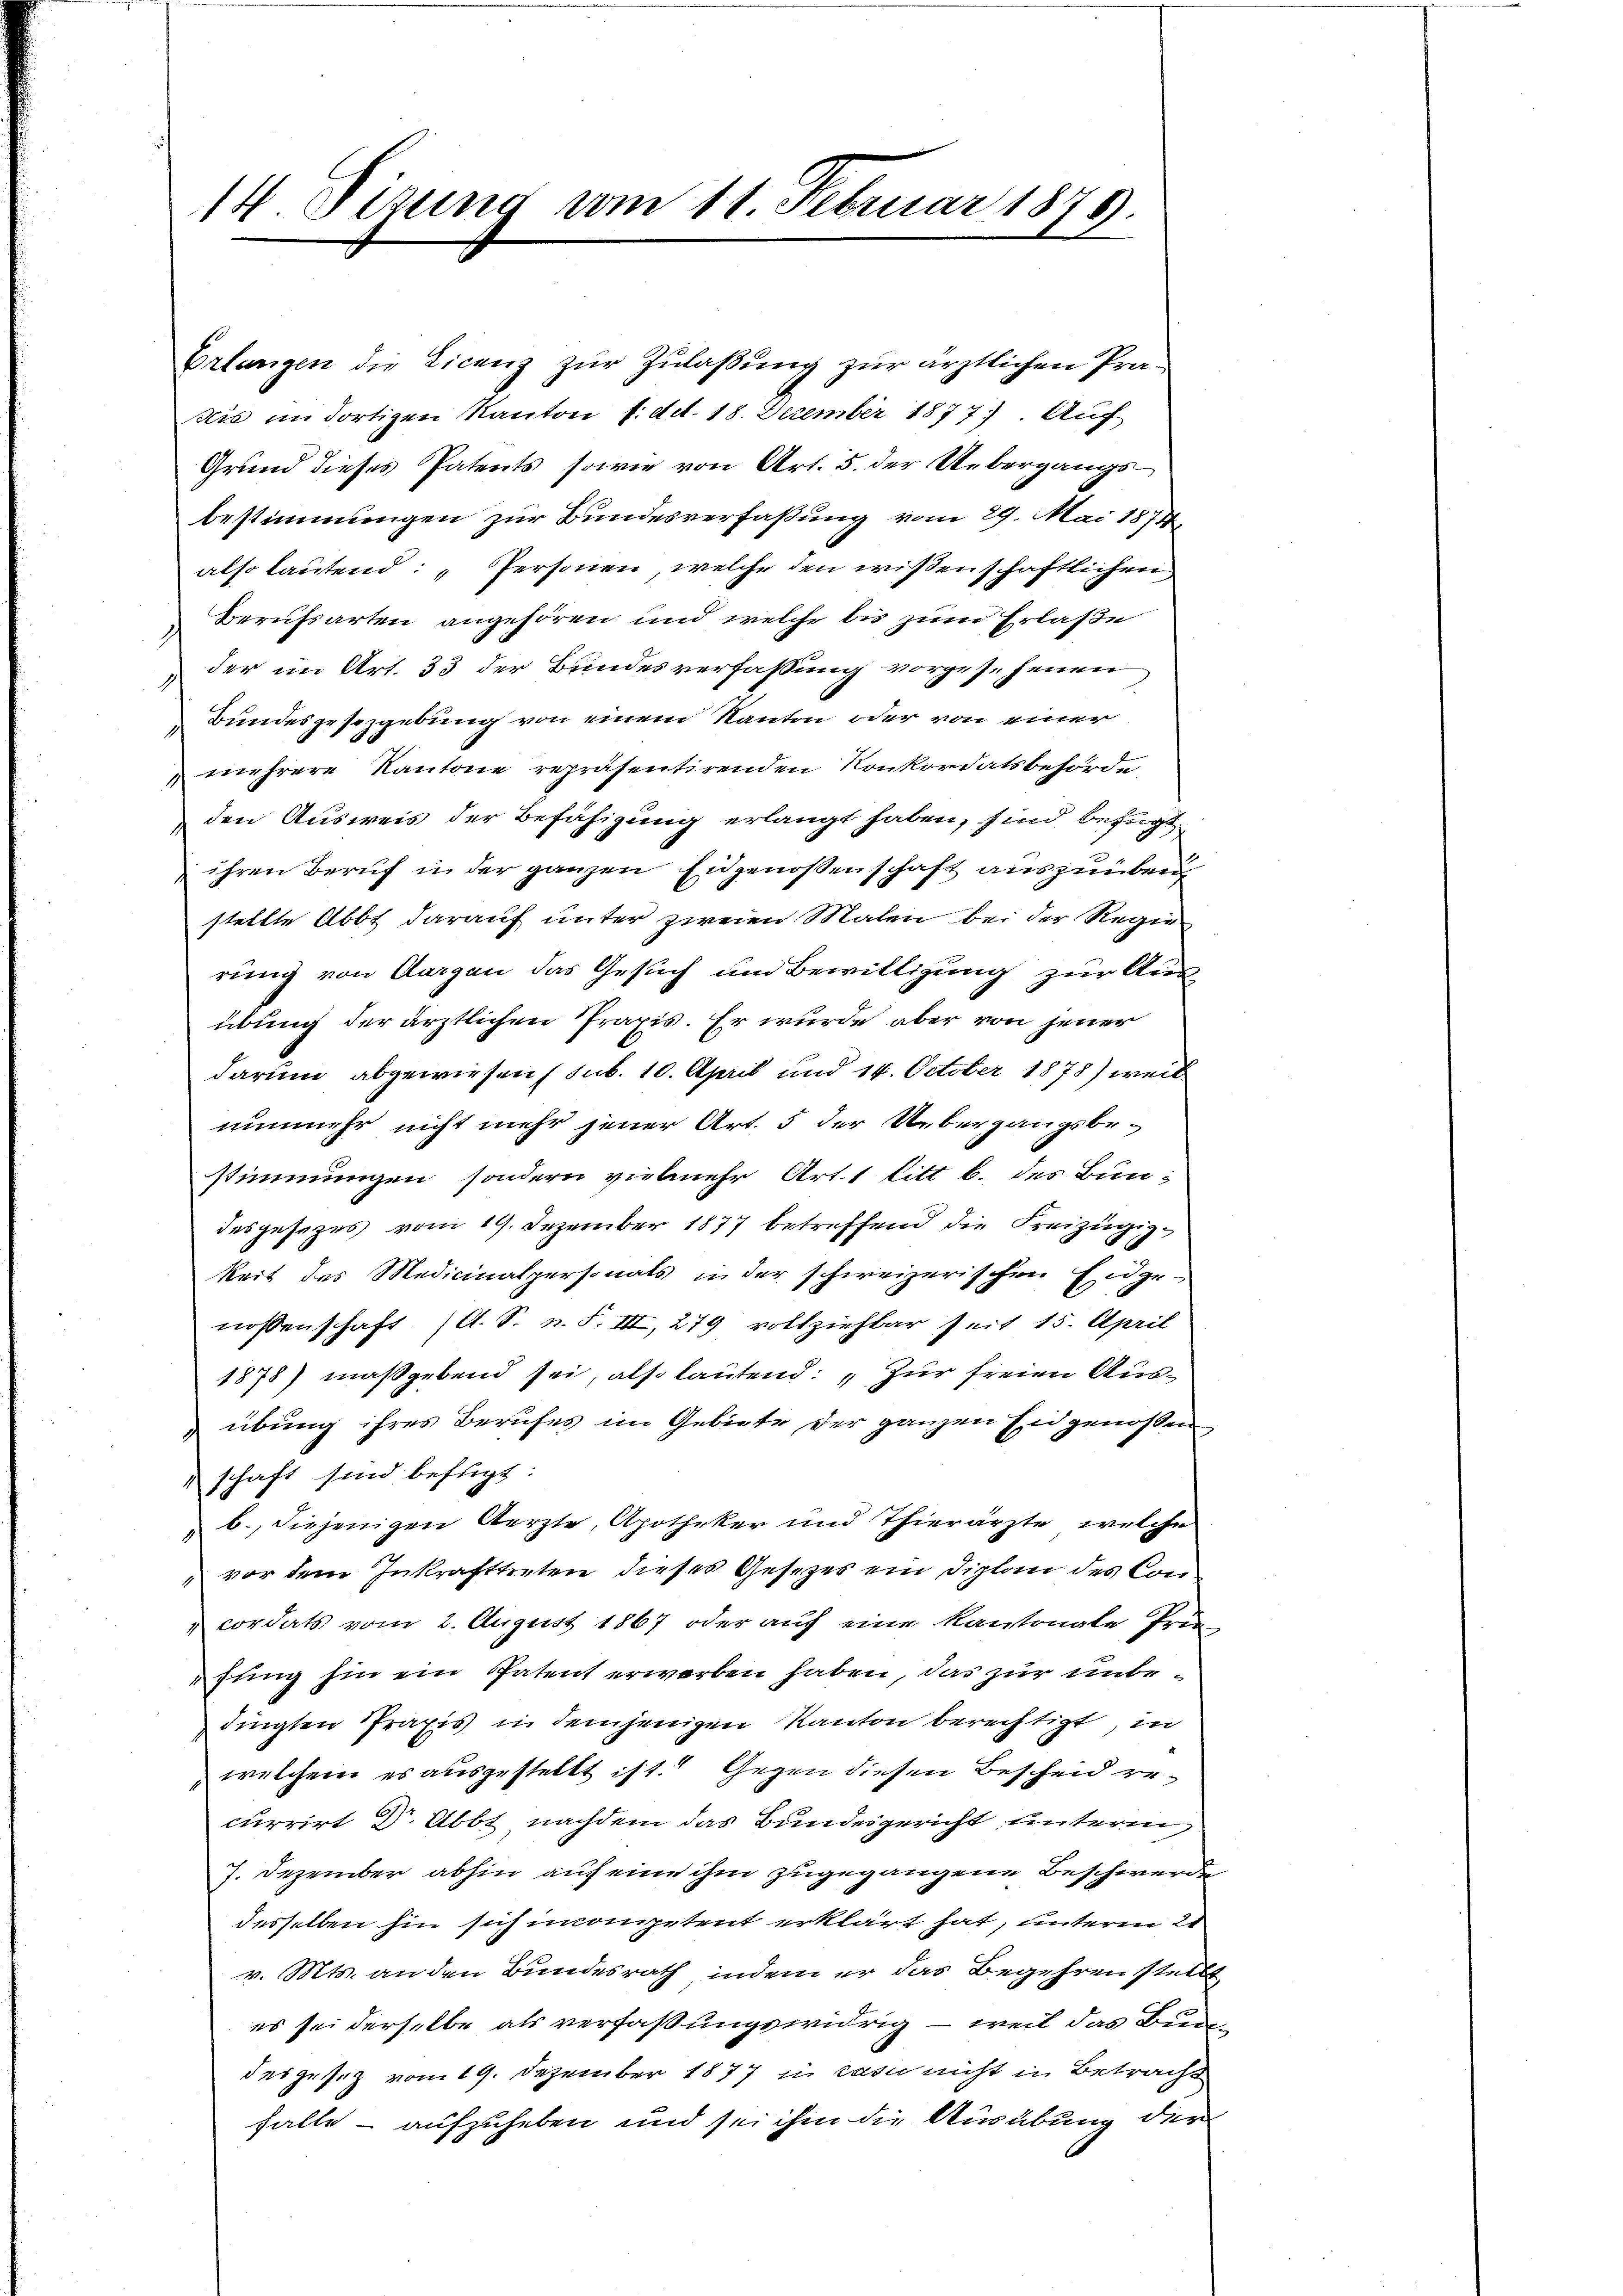
14 Sizung vom 11. Februar 1879.

Erlangen die Licenz zur Zulaßung zur ärztlichen Prädis im dortigen Kanton f.dd. 18. Dezember 1877). Auf
Grund dieses Patents, sowie von Art. 5. der Uebergangsbestimmungen zur Bundesverfaßung vom 29. Mai 1874
also lautend: „Personen, welche den wissenschaftlichen
Berufsarten angehören und welche bis zum Erlaße
der im Art. 33 der Bundesverfassung vorgesehenen
1
Bundesgesezgebung von einem Kanton oder von einer
1
mehrere Kantone repräsentirenden Konkordatsbehörde,
den Ausweis der Befähigung erlangt haben, sind befügt:
ihren Beruf in der ganzen Eidgenoßenschaft auszuüben,
stellte Abbt darauf unter zweien Malen bei der Regie
rung von Aargau das Gesuch um Bewilligung zur Aus-
übung der ärztlichen Praxis. Er wurde aber von jener
darum abgewiesen (sub. 10. April und 14. October 1878) weil
nunmehr nicht mehr jener Art. 5 der Uebergangsbe-
stimmungen, sondern vielmehr Art. 1 litt b. des Bundesgesezes vom 19. Dezember 1877 betreffend die Freizügigkeit des Medicinalpersonats in der schweizerischen Eidgenoßenschaft (A. S. n. F. III, 279 vollziehbar seit 15. April
1878) maßgebend sei, also lautend: „Zur freien Ausübung ihres Berufes im Gebiete der ganzen Eidgenossen
schaft sind befügt:
b., diejenigen Aerzte, Apotheker und Thierärzte, welche
vor dem Inkrafttreten dieses Gesetzes ein Diplon des Concordats vom 2. August 1867 oder auf eine Kantonale Prin-
fung hin ein Patent erworben haben, das zur unbedingten Praxis in demjenigen Kanton berechtigt, in
welchem es ausgestellt ist. Gegen diesen Bescheid recurrirt Dr. Abbt nachdem das Bundesgericht unterm
7. Dezember abhin auf eine ihm zugegangene Beschwerde
desselben hin sich incompetent erklärt hat, unterm 21
v. Mts. an den Bundesrath, indem er das Begehren stellt
es sei derselbe als verfaßungswidrig – weil das Bundes gesez vom 19. Dezember 1877 in casu nicht in Betracht
falle - aufzuheben und sei ihm die Ausübung der